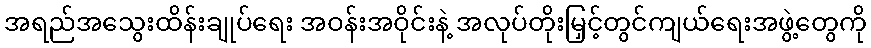
အရည်အသွေးထိန်းချုပ်ရေး အဝန်းအဝိုင်းနဲ့ အလုပ်တိုးမြှင့်တွင်ကျယ်ရေးအဖွဲ့တွေကို